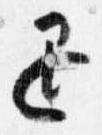
退